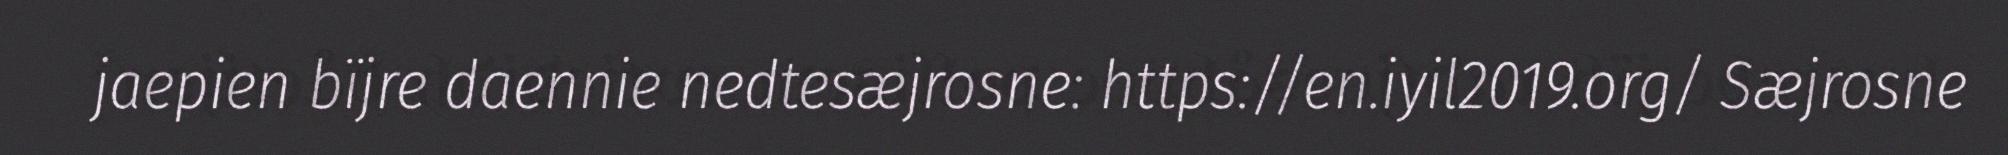
jaepien bïjre daennie nedtesæjrosne: https://en.iyil2019.org/ Sæjrosne